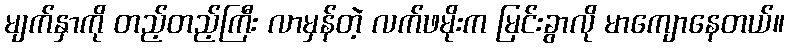
မျက်နှာကို တည့်တည့်ကြီး လာမှန်တဲ့ လက်ဖမိုးက မြင်းခွာလို မာကျောနေတယ်။